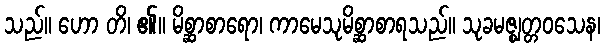
သည်။ ဟော တိ၊ ၏။ မိစ္ဆာစာရော၊ ကာမေသုမိစ္ဆာစာရသည်။ သုခမဇ္ဈတ္တဝသေန၊